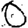
Digit: 0